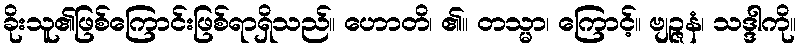
ခိုးသူ၏ဖြစ်ကြောင်းဖြစ်ရာရှိသည်။ ဟောတိ၊ ၏။ တသ္မာ၊ ကြောင့်။ ဗျဉ္ဇနံ၊ သဒ္ဒါကို။